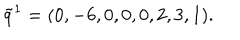
\tilde { q } ^ { 1 } = ( 0 , - 6 , 0 , 0 , 0 , 2 , 3 , 1 ) .